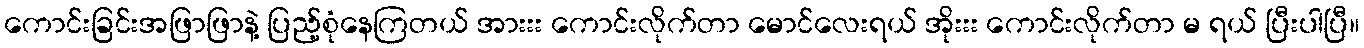
ကောင်းခြင်းအဖြာဖြာနဲ့ ပြည့်စုံနေကြတယ် အားးး ကောင်းလိုက်တာ မောင်လေးရယ် အိုးးး ကောင်းလိုက်တာ မ ရယ် ပြီးပါပြီ။